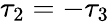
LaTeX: \tau_{2}=-\tau_{3}